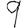
Digit: 9